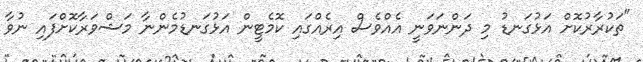
"ތަކުރާރުކޮށް އަޅުގަނޑު މި ދަންނަވަނީ އެއްވެސް އިރެއްގައި ކޮމެޓީން އަޅުގަނޑުމެންނާ މަޝްވަރާކޮށްފައި ނުވާ